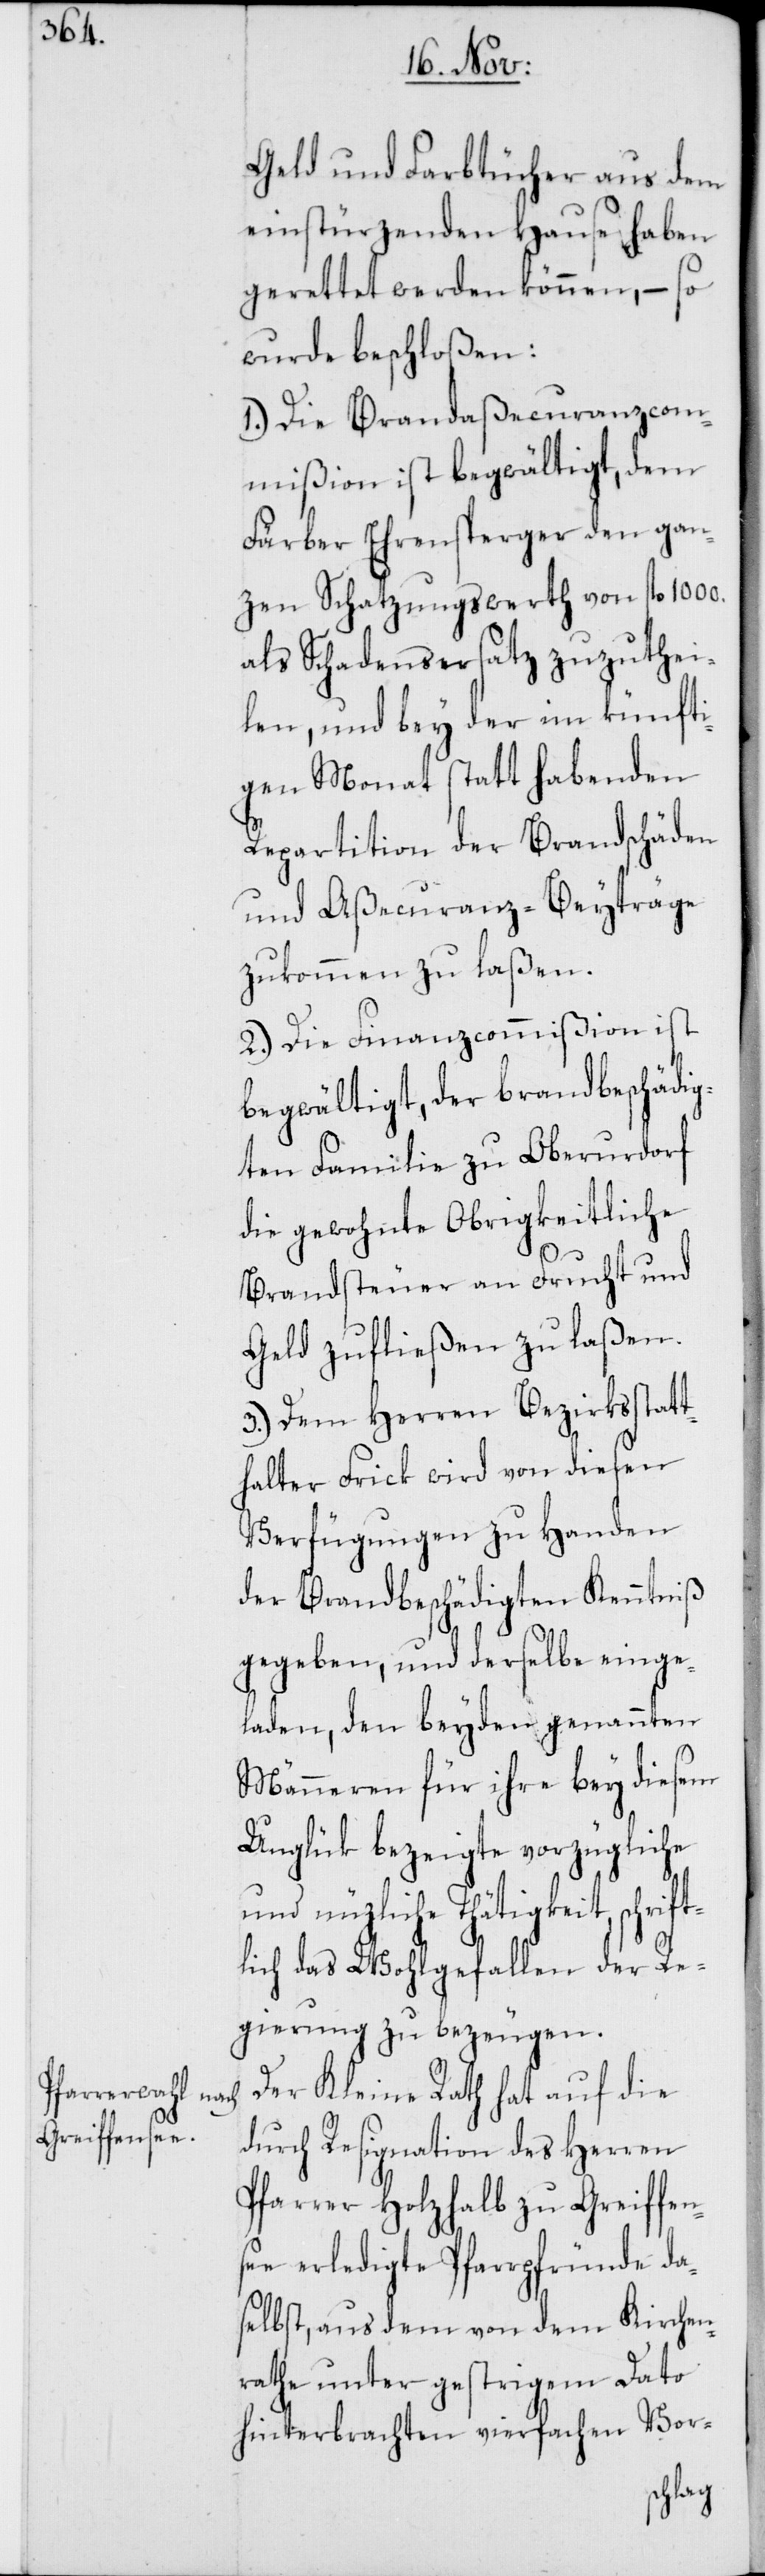
Geld und Farbtücher aus dem
einstürzenden Hause haben
gerettet werden können, – so
wurde beschloßen:
1.) Die Brandaßecuranzcom¬
mißion ist begwältigt, dem
Färber Ehrensperger den gan¬
zen Schatzungswert von fl. 1000.
als Schadensersatz zuzuthei¬
len, und bey der im künfti¬
gen Monat statt habenden
Repartition der Brandschäden
und Aßecuranz-Beyträge
zukommen zu laßen.
2.) Die Finanzcommißion ist
begwältigt, der brandbeschädig¬
ten Familie zu Oberurdorf
die gewohnte Obrigkeitliche
Brandsteuer an Frucht und
Geld zufließen zu laßen.
3.) Dem Herren Bezirksstatt¬
halter Frick wird von diesen
Verfügungen zu Handen
der Brandbeschädigten Kenntniß
gegeben, und derselbe einge¬
laden, den beyden genannten
Männeren für ihre bey diesem
Unglük bezeigte vorzügliche
und nützliche Thätigkeit, schrift¬
lich das Wohlgefallen der Re¬
gierung zu bezeugen.
Der Kleine Rath hat auf die
durch Resignation des Herren
Pfarrer Holzhalb zu Greiffen¬
see erledigte Pfarrpfründe da¬
selbst, aus dem von dem Kirchen¬
rathe unter gestrigem Dato
hinterbrachten vierfachen Vor-